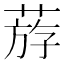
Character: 𦳧